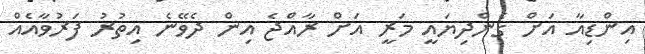
އިންޑިއާ އަށް ގެންދިޔައީ މަރީ އަށް ރާއްޖެ އިން ދެވޭނެ އިތުރު ފަރުވާއެއް